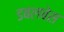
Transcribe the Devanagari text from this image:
डबलबेस